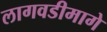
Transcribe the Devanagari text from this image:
लागवडीमागे